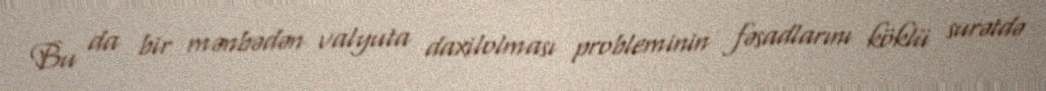
Bu da bir mənbədən valyuta daxilolması probleminin fəsadlarını köklü surətdə